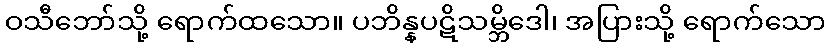
ဝသီဘော်သို့ ရောက်ထသော။ ပဘိန္နပဋိသမ္ဘိဒေါ၊ အပြားသို့ ရောက်သော